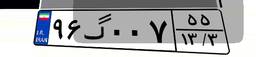
۳۴گ۵۵۷۷۸